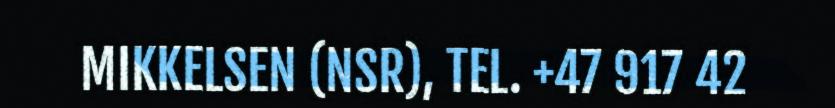
MIKKELSEN (NSR), TEL. +47 917 42